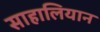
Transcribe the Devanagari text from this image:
साहालियान